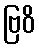
ဗြဝိ